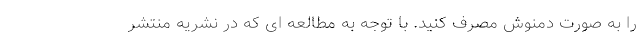
را به صورت دمنوش مصرف کنید. با توجه به مطالعه ای که در نشریه منتشر